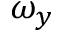
\omega _ { y }